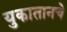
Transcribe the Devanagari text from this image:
युकातानचे